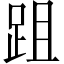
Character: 跙